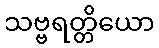
သဗ္ဗရတ္တိယော